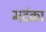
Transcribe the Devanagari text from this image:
मदंका